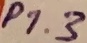
Text: P1.3